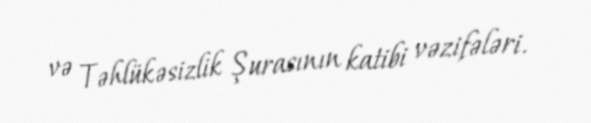
və Təhlükəsizlik Şurasının katibi vəzifələri.